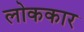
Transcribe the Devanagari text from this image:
लोककार